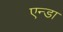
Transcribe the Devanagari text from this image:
एन्डा